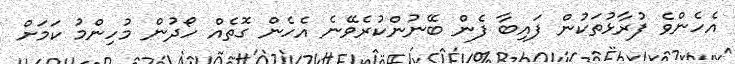
އެހެންވެ ފުރާޅުތަކުން ފައިބާ ފެން ބޭނުންކުރެވޭނެ އެހެން ގޮތެއް ހޯދުން މުހިންމު ކަމަށް